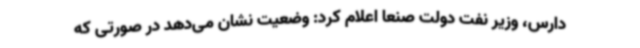
دارس، وزیر نفت دولت صنعا اعلام کرد: وضعیت نشان می‌دهد در صورتی که